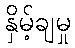
နှိမ့်ချမှု